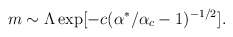
\begin{align*}m \sim \Lambda \exp [- c(\alpha^*/\alpha_c-1)^{-1/2} ] .\end{align*}